Report on the working of the Ranchi Indian Mental Hospital, Kanke, in Bihar and Orissa - 1930-1940
Year: 1930
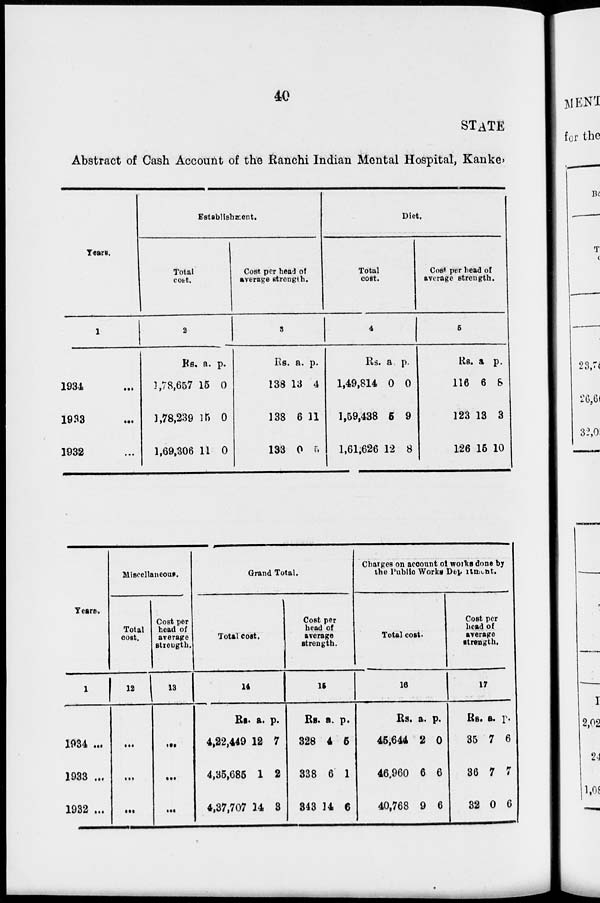
40
STATE
Abstract of Cash Account of the Ranchi Indian Mental Hospital, Kanke.
Years.
1
1934 ...
1933 ...
1932 ...
Establishment.
Total
cost.
2
Rs.
1,78,657
1,78,239
1,69,306
a.
15
15
11
p.
0
0
0
Cost per head of
average strength.
3
Rs.
138
138
133
a.
13
6
0
p.
4
11
5
Diet.
Total
cost.
4
Rs.
1,49,814
1,59,438
1,61,626
a.
0
5
12
p.
0
9
8
Cost per head of
average strength.
5
Rs.
116
123
126
a
6
13
16
p.
8
3
10
Tears.
1
1934 ...
1933 ...
1932 ...
Miscellaneous.
Total
cost.
12
...
...
...
Cost per
head of
average
strength.
13
...
...
...
Grand Total.
Total cost.
14
Rs.
4,22,449
4,35,685
4,37,707
a.
12
1
14
p.
7
2
3
Cost per
head of
average
strength.
15
Rs.
328
338
343
a.
4
6
14
p.
5
1
6
Charges on account of works done by
the Public Works Department.
Total cost.
16
Rs.
45,644
46,960
40,768
a.
2
6
9
p.
0
6
6
Cost per
head of
average
strength.
17
Rs.
35
36
32
a.
7
7
0
p.
6
7
6